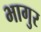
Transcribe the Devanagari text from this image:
भागुर